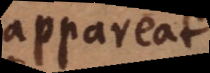
appareat